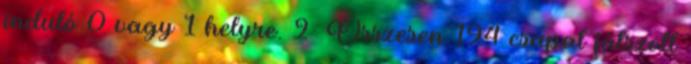
induló 0 vagy 1 helyre. 2 Összesen 194 csapat játszott